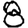
Digit: 8